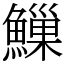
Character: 䲃